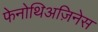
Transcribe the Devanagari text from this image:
फेनोथिअज़िनेस